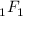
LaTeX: { } _ { 1 } F _ { 1 }